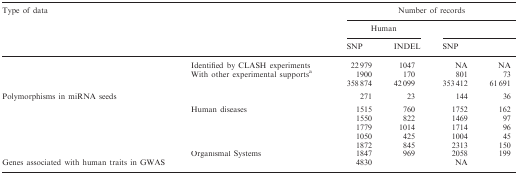
<table><thead><tr><td colspan="2"><b>Type of data</b></td><td>[EMPTY_CELL]</td><td colspan="4"><b>Number of records</b></td></tr><tr><td>[EMPTY_CELL]</td><td>[EMPTY_CELL]</td><td colspan="2"><b>Human</b></td><td colspan="2">[EMPTY_CELL]</td></tr><tr><td><b>SNP</b></td><td><b>INDEL</b></td><td><b>SNP</b></td><td>[EMPTY_CELL]</td></tr></thead><tbody><tr><td rowspan="3">[EMPTY_CELL]</td><td>Identified by CLASH experiments</td><td>22 979</td><td>1047</td><td>NA</td><td>NA</td></tr><tr><td>With other experimental supports<sup>a</sup></td><td>1900</td><td>170</td><td>801</td><td>73</td></tr><tr><td>[EMPTY_CELL]</td><td>358 874</td><td>42 099</td><td>353 412</td><td>61 691</td></tr><tr><td colspan="2">Polymorphisms in miRNA seeds</td><td>271</td><td>23</td><td>144</td><td>36</td></tr><tr><td rowspan="6">[EMPTY_CELL]</td><td>Human diseases</td><td>1515</td><td>760</td><td>1752</td><td>162</td></tr><tr><td>[EMPTY_CELL]</td><td>1550</td><td>822</td><td>1469</td><td>97</td></tr><tr><td>[EMPTY_CELL]</td><td>1779</td><td>1014</td><td>1714</td><td>96</td></tr><tr><td>[EMPTY_CELL]</td><td>1050</td><td>425</td><td>1004</td><td>45</td></tr><tr><td>[EMPTY_CELL]</td><td>1872</td><td>845</td><td>2313</td><td>150</td></tr><tr><td>Organismal Systems</td><td>1847</td><td>969</td><td>2058</td><td>199</td></tr><tr><td colspan="2">Genes associated with human traits in GWAS</td><td colspan="2">4830</td><td colspan="2">NA</td></tr></tbody></table>